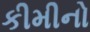
કીમીનો